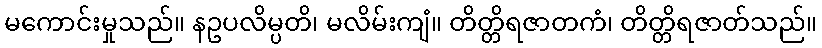
မကောင်းမှုသည်။ နဥပလိမ္ပတိ၊ မလိမ်းကျံ။ တိတ္တိရဇာတကံ၊ တိတ္တိရဇာတ်သည်။